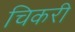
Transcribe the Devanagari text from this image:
चिकरी